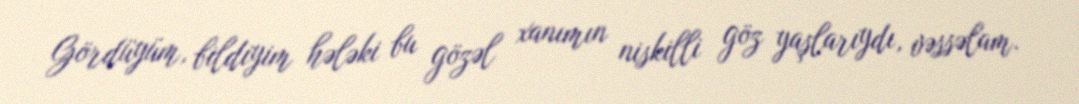
Gördüyüm, bildiyim hələki bu gözəl xanımın niskilli göz yaşlarıydı, vəssəlam.